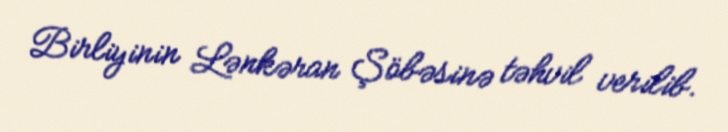
Birliyinin Lənkəran Şöbəsinə təhvil verilib.